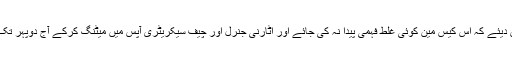
چیف جسٹس نے ریمارکس دیئے کہ اس کیس مین کوئی غلط فہمی پیدا نہ کی جائے اور اٹارنی جنرل اور چیف سیکریٹری آپس میں میٹنگ کرکے آج دوپہر تک عدالت کو ایک جواب دیں۔